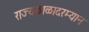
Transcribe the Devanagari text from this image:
राज्यकाळादरम्यान